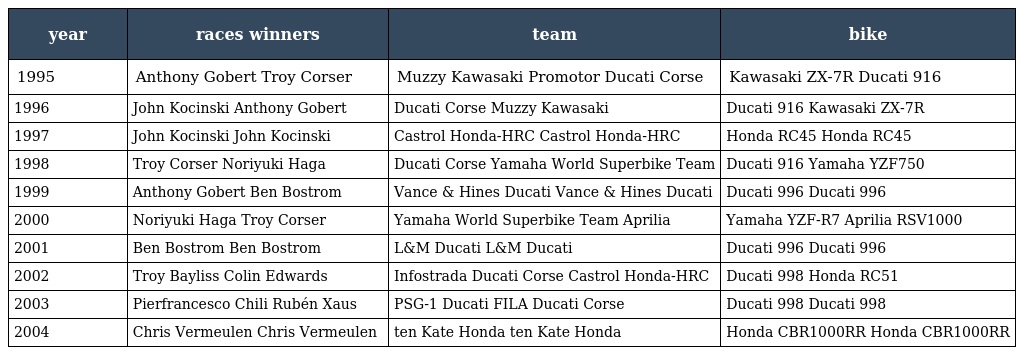
| year | races winners | team | bike |
 | --- | --- | --- | --- |
 | 1995 | Anthony Gobert Troy Corser | Muzzy Kawasaki Promotor Ducati Corse | Kawasaki ZX-7R Ducati 916 |
 | 1996 | John Kocinski Anthony Gobert | Ducati Corse Muzzy Kawasaki | Ducati 916 Kawasaki ZX-7R |
 | 1997 | John Kocinski John Kocinski | Castrol Honda-HRC Castrol Honda-HRC | Honda RC45 Honda RC45 |
 | 1998 | Troy Corser Noriyuki Haga | Ducati Corse Yamaha World Superbike Team | Ducati 916 Yamaha YZF750 |
 | 1999 | Anthony Gobert Ben Bostrom | Vance & Hines Ducati Vance & Hines Ducati | Ducati 996 Ducati 996 |
 | 2000 | Noriyuki Haga Troy Corser | Yamaha World Superbike Team Aprilia | Yamaha YZF-R7 Aprilia RSV1000 |
 | 2001 | Ben Bostrom Ben Bostrom | L&M Ducati L&M Ducati | Ducati 996 Ducati 996 |
 | 2002 | Troy Bayliss Colin Edwards | Infostrada Ducati Corse Castrol Honda-HRC | Ducati 998 Honda RC51 |
 | 2003 | Pierfrancesco Chili Rubén Xaus | PSG-1 Ducati FILA Ducati Corse | Ducati 998 Ducati 998 |
 | 2004 | Chris Vermeulen Chris Vermeulen | ten Kate Honda ten Kate Honda | Honda CBR1000RR Honda CBR1000RR |